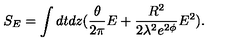
S _ { E } = \int d t d z ( \frac { \theta } { 2 \pi } E + \frac { R ^ { 2 } } { 2 \lambda ^ { 2 } e ^ { 2 \phi } } E ^ { 2 } ) .